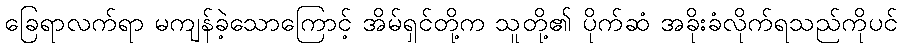
ခြေရာလက်ရာ မကျန်ခဲ့သောကြောင့် အိမ်ရှင်တို့က သူတို့၏ ပိုက်ဆံ အခိုးခံလိုက်ရသည်ကိုပင်